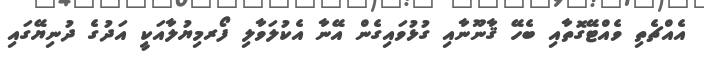
އެއްޗެތި ވެއްޓޭގޮތާއި ބެހޭ ޤާނޫނާއި ގުޅުވައިގެން އޭނާ އެކުލަވާލި ފޯރމިޔުލާއަކީ އަދުގެ ދުނިޔޭގައި